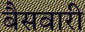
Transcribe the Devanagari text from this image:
बैसवारी